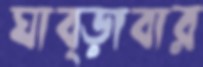
ঘাব্‌ড়াবার